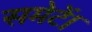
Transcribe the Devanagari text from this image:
समेटें।